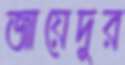
জায়েদুর